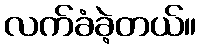
လက်ခံခဲ့တယ်။